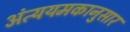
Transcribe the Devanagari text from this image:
अंत्ययमकानुसार